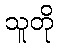
သူတို